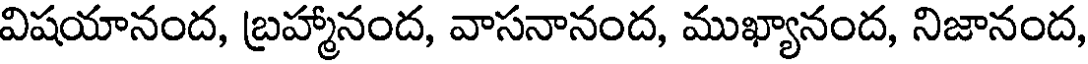
విషయానంద, బ్రహ్మానంద, వాసనానంద, ముఖ్యానంద, నిజానంద,